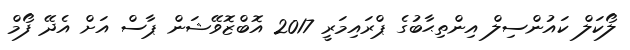
ލޯކަލް ކައުންސިލް އިންތިޙާބުގެ ޕްރައިމަރީ 2017 އޮބްޒޮވޭޝަން ޕާސް އަށް އެދޭ ފޯމް